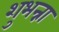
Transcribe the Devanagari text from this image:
शुभन्ना